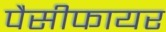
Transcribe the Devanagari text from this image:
पैसीफायर